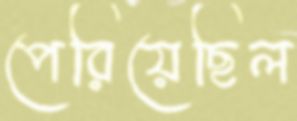
পেরিয়েছিল